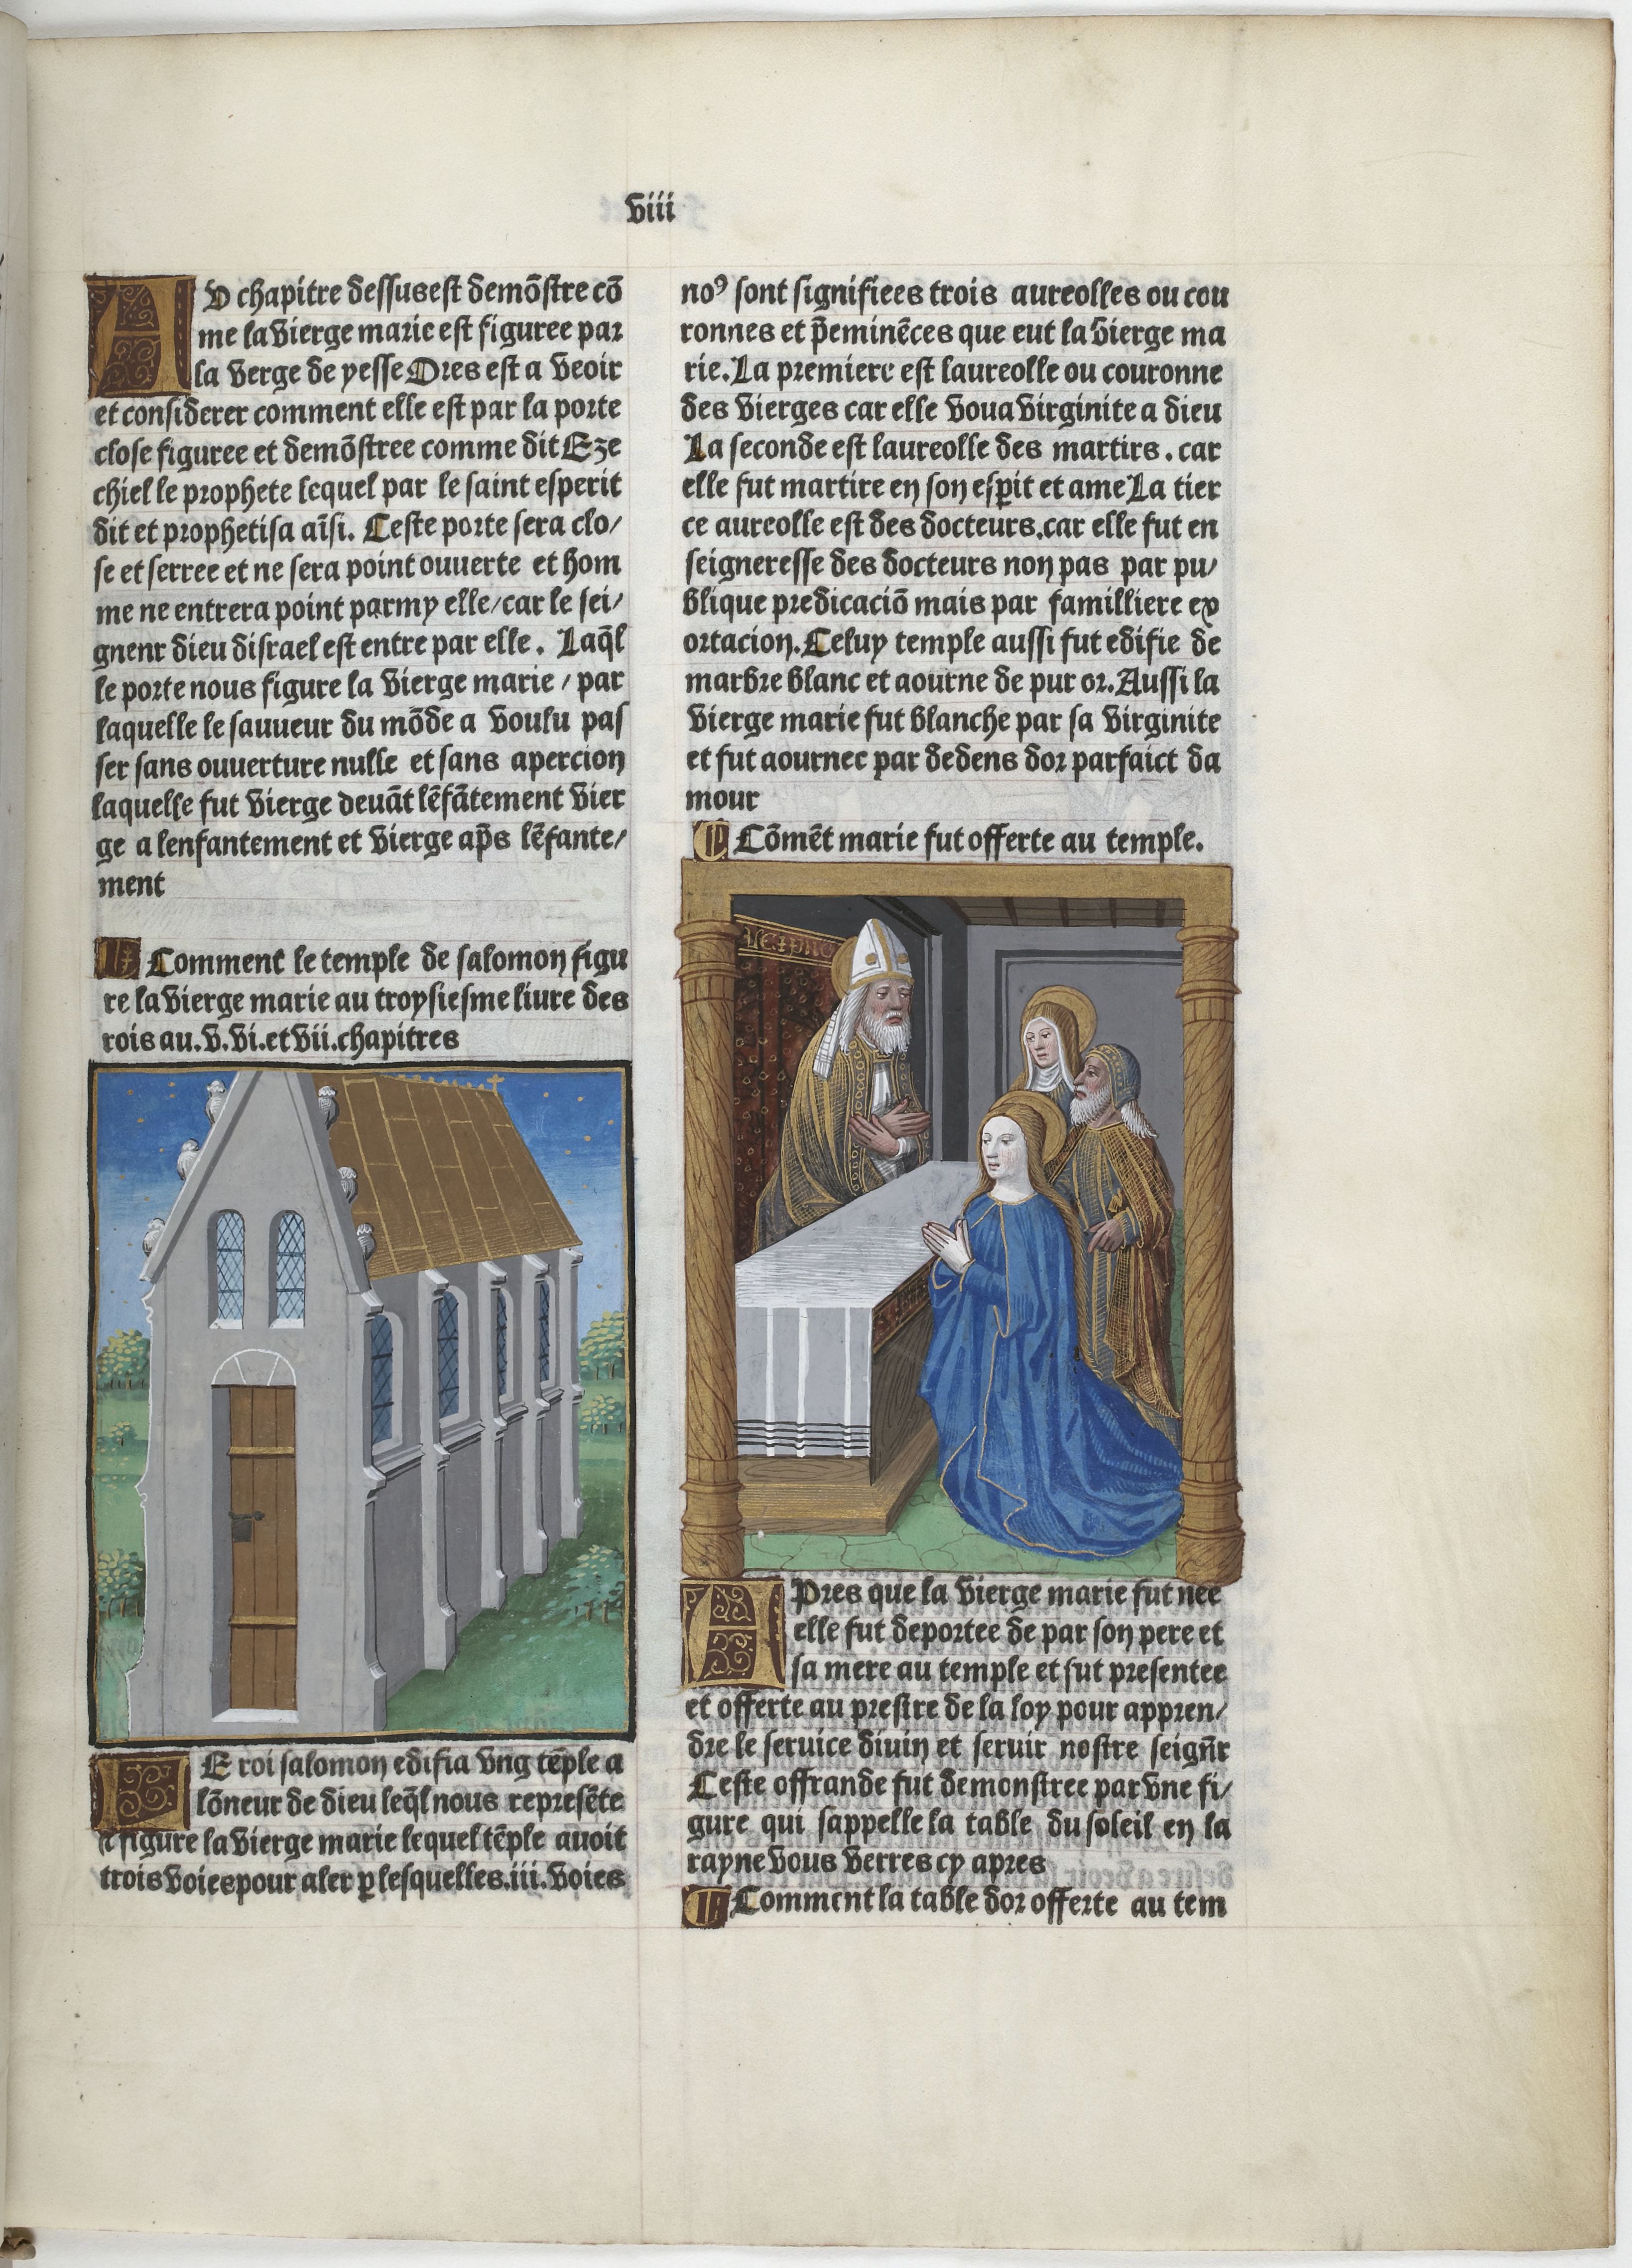
Shelfmark: Paris, BnF, Velins 906
Century: 15